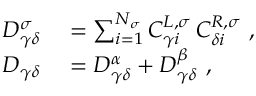
\begin{array} { r l } { D _ { \gamma \delta } ^ { \sigma } } & { { } = \sum _ { i = 1 } ^ { N _ { \sigma } } C _ { \gamma i } ^ { L , \sigma } \, C _ { \delta i } ^ { R , \sigma } \mathrm { ~ , ~ } } \\ { D _ { \gamma \delta } } & { { } = D _ { \gamma \delta } ^ { \alpha } + D _ { \gamma \delta } ^ { \beta } \mathrm { ~ , ~ } } \end{array}